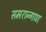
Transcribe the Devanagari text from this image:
समरान्गण